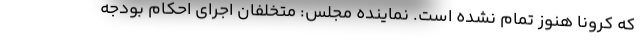
که کرونا هنوز تمام نشده است. نماینده مجلس: متخلفان اجرای احکام بودجه